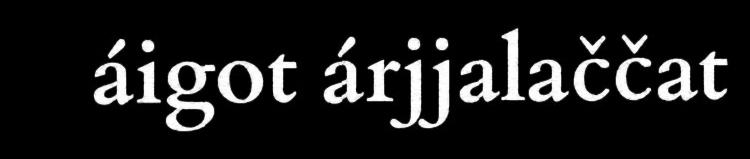
áigot árjjalaččat